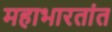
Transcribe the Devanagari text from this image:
महाभारतांत